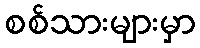
စစ်သားများမှာ